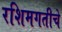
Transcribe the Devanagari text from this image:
रशिमगतीचे